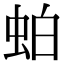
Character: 𬠀